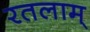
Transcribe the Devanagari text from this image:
रतलाम्